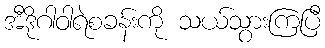
အီဒိုဂါဝါရဲစခန်းကို သယ်သွားကြပြီ